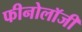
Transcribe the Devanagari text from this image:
फीनोलॉजी